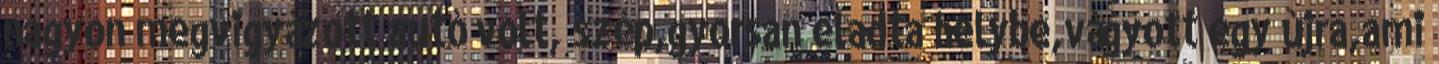
nagyon megvigyázott autó volt, szép,gyorsan eladta helybe,vágyott egy újra,ami